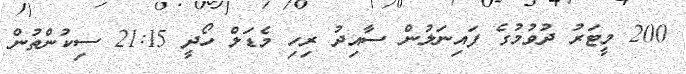
200 މީޓަރު ދުވުމުގެ ފައިނަލުން ސާއިދު ރިހި މެޑަލް ހޯދީ 21:15 ސިކުންތުން